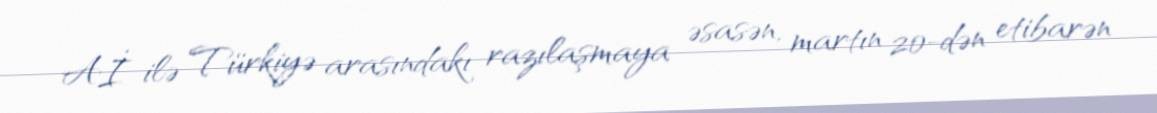
Aİ ilə Türkiyə arasındakı razılaşmaya əsasən, martın 20-dən etibarən